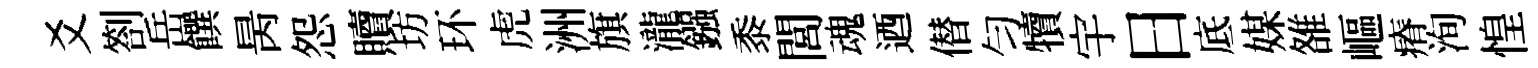
爻劄岳饌昺怨贖坊环虎洲旗瀧鏹黍閭魂迺僣匀犢宇日底媒雒嶇瘠洵惶